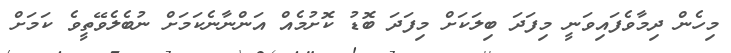
މިހެން ދިމާވެފައިވަނީ މިފަދަ ބިލަކަށް މިފަދަ ބޮޑު ކޮށުމެއް އަންނާނެކަމަށް ނުބެލެވޭތީވެ ކަމަށް